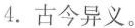
4.古今异义。